Annual administration report of the Civil Veterinary Department of India - 1894-1895
Year: 1894
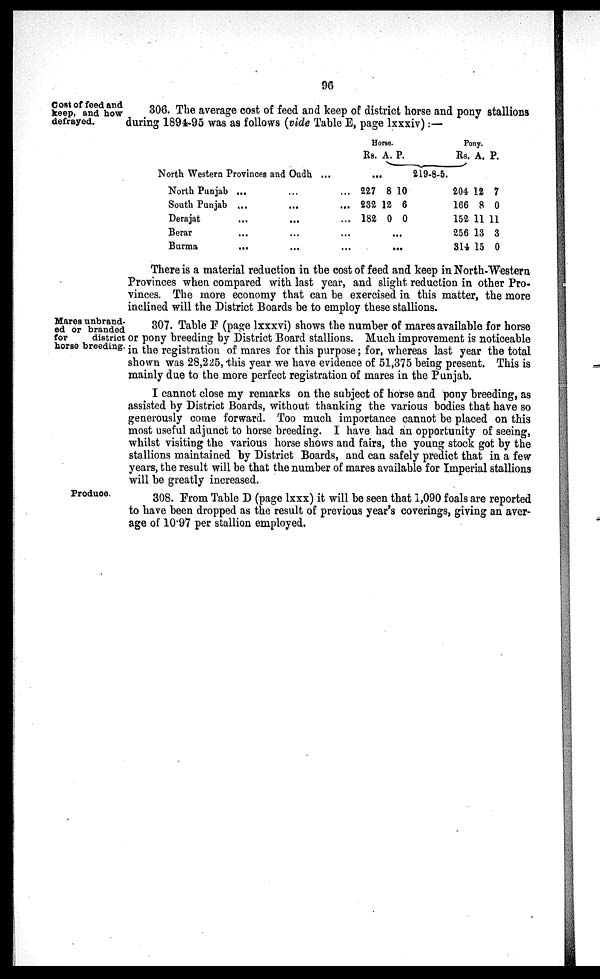
96
Cost of feed and
keep, and how
defrayed.
306. The average cost of feed and keep of district horse and pony stallions
during 1894-95 was as follows (vide Table E, page lxxxiv):—
North Western Provinces and Oudh ...
North Punjab ...
South Punjab ...
Derajat ...
Berar ...
Burma
...
...
...
...
...
...
...
...
...
...
...
Horse.
Rs.
...
227
232
182
...
A.
8
12
0
.
P.
10
6
0
..
219-8-5.
Pony.
Rs.
204
166
152
256
314
A.
12
8
11
13
15
P.
7
0
11
3
0
There is a material reduction in the cost of feed and keep in North-Western
Provinces when compared with last year, and slight reduction in other Pro-
vinces. The more economy that can be exercised in this matter, the more
inclined will the District Boards be to employ these stallions.
Mares unbrand-
ed or branded
for
district
horse breeding.
307. Table F (page lxxxvi) shows the number of mares available for horse
or pony breeding by District Board stallions. Much improvement is noticeable
in the registration of mares for this purpose; for, whereas last year the total
shown was 28,225, this year we have evidence of 51,375 being present. This is
mainly due to the more perfect registration of mares in the Punjab.
I cannot close my remarks on the subject of horse and pony breeding, as
assisted by District Boards, without thanking the various bodies that have so
generously come forward. Too much importance cannot be placed on this
most useful adjunct to horse breeding. I have had an opportunity of seeing,
whilst visiting the various horse shows and fairs, the young stock got by the
stallions maintained by District Boards, and can safely predict that in a few
years, the result will be that the number of mares available for Imperial stallions
will be greatly increased.
Produce.
308. From Table D (page lxxx) it will be seen that 1,090 foals are reported
to have been dropped as the result of previous year's coverings, giving an aver-
age of 10.97 per stallion employed.